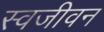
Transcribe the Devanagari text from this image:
स्वजीवन